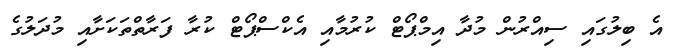
އެ ބިލުގައި ސިއްރުން މުދާ އިމްޕޯޓް ކުރުމާއި އެކްސްޕޯޓް ކުރާ ފަރާތްތަކަށާއި މުދަލުގެ